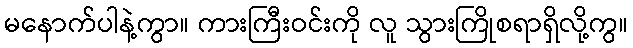
မနောက်ပါနဲ့ကွာ။ ကားကြီးဝင်းကို လူ သွားကြိုစရာရှိလို့ကွ။